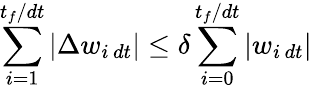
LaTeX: \sum_{i=1}^{t_{f}/dt}|\Delta w_{i\, dt}|\leq\delta\sum_{i=0}^{t_{f}/dt}|w_{i\, dt}|